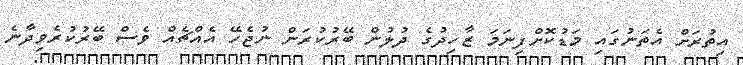
އިތުރަށް އެތަނުގައި މަޑުކޮށްފިނަމަ ޒާހިދުގެ ދުލުން ބޭރުކުރަން ނުޖެހޭ އެއްޗެއް ވެސް ބޭރުކުރެވިދާނެ